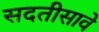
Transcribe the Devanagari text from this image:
सदतीसावे